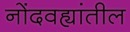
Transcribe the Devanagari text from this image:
नोंदवह्यांतील